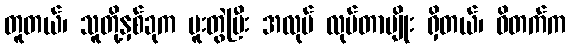
တူတယ်၊ သူတို့နှစ်ခုက ပူးတွဲပြီး အလုပ် လုပ်တာမျိုး ရှိတယ်၊ ဝိတက်က